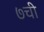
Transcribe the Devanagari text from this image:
७ची